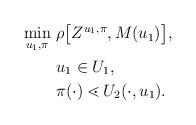
LaTeX: \begin{align*}\begin{aligned}\min_{u_1,\pi}&\ \rho\big[ Z^{u_1,\pi},M(u_1)\big],\\ &\ u_1 \in U_1,\\&\ \pi(\cdot) \lessdot U_2(\cdot, u_1).\end{aligned}\end{align*}